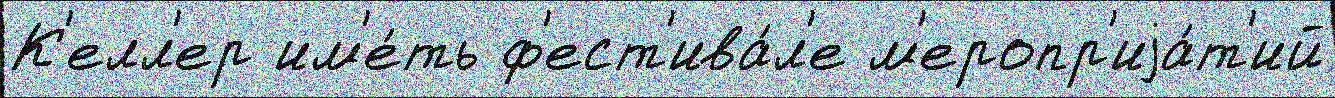
К'елл'ер им'е́ть ф'ест'ива́л'е м'еропр'иjа́т'ий